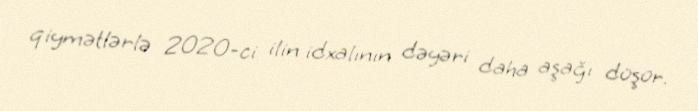
qiymətlərlə 2020-ci ilin idxalının dəyəri daha aşağı düşür.